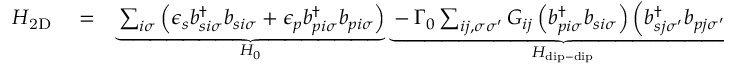
\begin{array} { r l r } { H _ { \mathrm { 2 D } } } & { { } = } & { \underbrace { \sum _ { i \sigma } \left( \epsilon _ { s } b _ { s i \sigma } ^ { \dagger } b _ { s i \sigma } + \epsilon _ { p } b _ { p i \sigma } ^ { \dagger } b _ { p i \sigma } \right) } _ { H _ { 0 } } \underbrace { - \Gamma _ { 0 } \sum _ { i j , \sigma \sigma ^ { \prime } } G _ { i j } \left( b _ { p i \sigma } ^ { \dagger } b _ { s i \sigma } \right) \left( b _ { s j \sigma ^ { \prime } } ^ { \dagger } b _ { p j \sigma ^ { \prime } } \right) } _ { H _ { \mathrm { d i p - d i p } } } + \underbrace { \sum _ { i \sigma } \left( \Omega e ^ { - i \omega _ { L } t } b _ { p i \sigma } ^ { \dagger } b _ { s i \sigma } + h . c . \right) } _ { H _ { \mathrm { d r i v e } } } } \end{array}